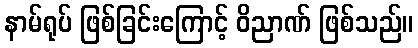
နာမ်ရုပ် ဖြစ်ခြင်းကြောင့် ဝိညာဏ် ဖြစ်သည်။